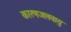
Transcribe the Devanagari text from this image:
कारणजलवायु